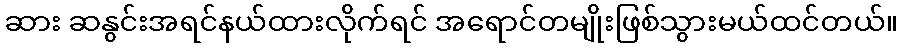
ဆား ဆနွင်းအရင်နယ်ထားလိုက်ရင် အရောင်တမျိုးဖြစ်သွားမယ်ထင်တယ်။